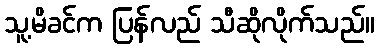
သူ့မိခင်က ပြန်လည် သီဆိုလိုက်သည်။